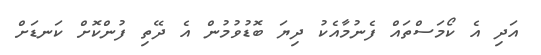
އަދި އެ ކޯމަސްތައް ފެނުމާއެކު ދިޔަ ބޮޑުވުމުން އެ ދޭތި ފުންކޮށް ކަނޑަށް